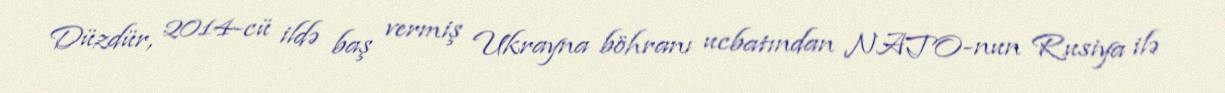
Düzdür, 2014-cü ildə baş vermiş Ukrayna böhranı ucbatından NATO-nun Rusiya ilə